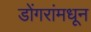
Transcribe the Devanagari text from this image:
डोंगरांमधून